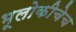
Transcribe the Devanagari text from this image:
भूलोकीचेच